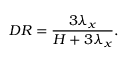
{ D R } = \frac { 3 \lambda _ { x } } { H + 3 \lambda _ { x } } .